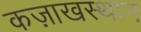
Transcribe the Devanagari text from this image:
कज़ाखस्थान